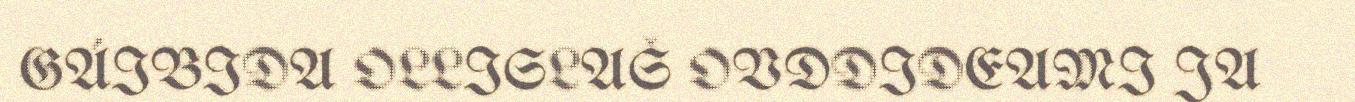
GÁIBIDA OLLISLAŠ OVDDIDEAMI JA